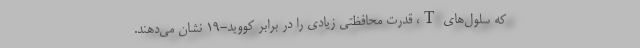
که سلول‌های T، قدرت محافظتی زیادی را در برابر کووید-۱۹ نشان می‌دهند.